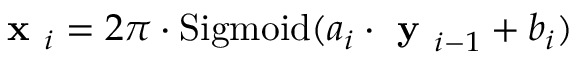
\textbf { x } _ { i } = 2 \pi \cdot \mathrm { S i g m o i d } ( a _ { i } \cdot \textbf { y } _ { i - 1 } + b _ { i } )